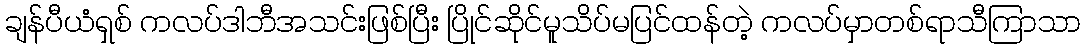
ချန်ပီယံရှစ် ကလပ်ဒါဘီအသင်းဖြစ်ပြီး ပြိုင်ဆိုင်မူသိပ်မပြင်ထန်တဲ့ ကလပ်မှာတစ်ရာသီကြာသာ